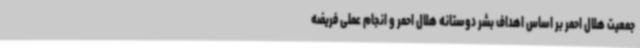
جمعیت هلال احمر بر اساس اهداف بشر دوستانه هلال احمر و انجام عملی فریضه